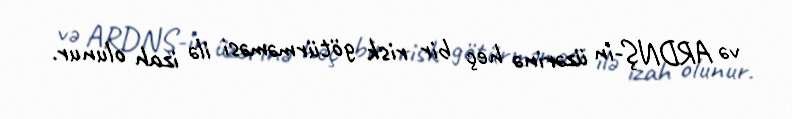
və ARDNŞ-in üzərinə heç bir risk götürməməsi ilə izah olunur.